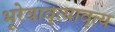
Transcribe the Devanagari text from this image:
भूरेवावृत्यावृत्य